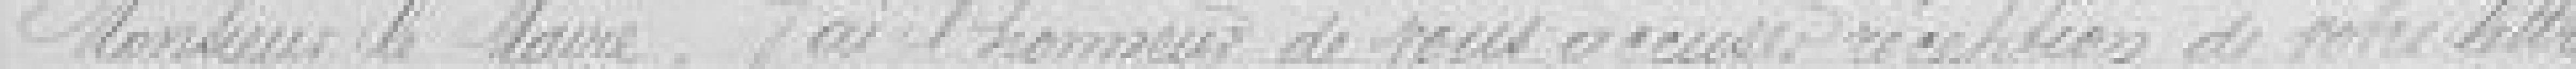
Monsieur le Maire. J'ai l'honneur de vous accuser réception de votre lettre